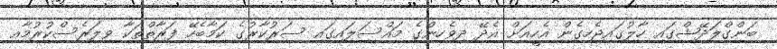
ބަންގްލަދޭޝްގައި ހާލުގައިޖެހިގެން އެހީއަށް އެދޭ ދިވެހިންގެ މައްސަލައިގައި ސަރުކާރުގެ ކަމާބެހޭ ފަރާތްތަކާ ވިލަރެސްކުރުމާއި